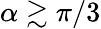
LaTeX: \alpha\gtrsim\pi/3